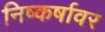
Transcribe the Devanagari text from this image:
निष्कर्षावर